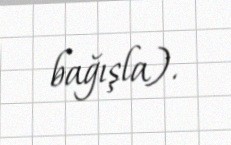
bağışla).